Indian journal of veterinary science and animal husbandry - Volumes 18-21, 1948-1951
Year: 1948
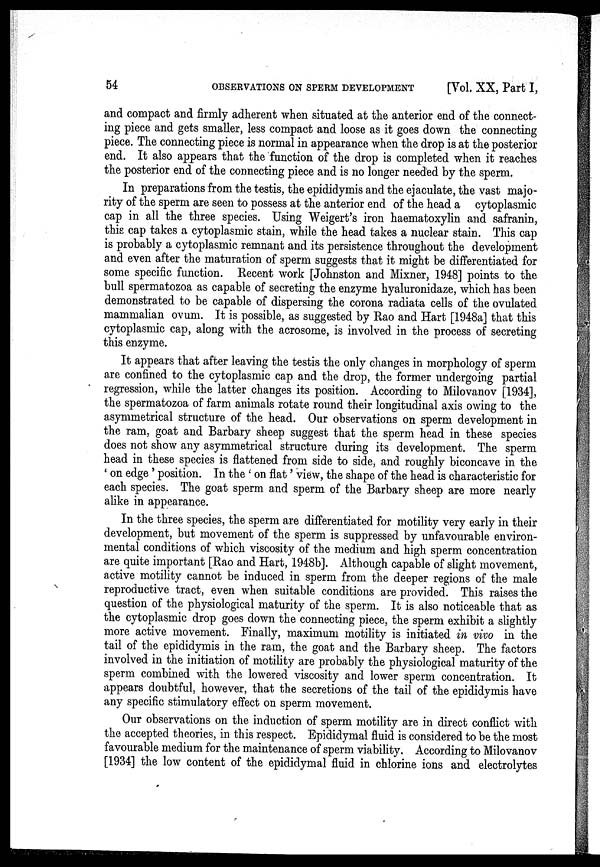
54
OBSERVATIONS ON SPERM DEVELOPMENT
[Vol. XX, Part I,
and compact and firmly adherent when situated at the anterior end of the connect-
ing piece and gets smaller, less compact and loose as it goes down the connecting
piece. The connecting piece is normal in appearance when the drop is at the posterior
end. It also appears that the function of the drop is completed when it reaches
the posterior end of the connecting piece and is no longer needed by the sperm.
In preparations from the testis, the epididymis and the ejaculate, the vast majo-
rity of the sperm are seen to possess at the anterior end of the head a cytoplasmic
cap in all the three species. Using Weigert's iron haematoxylin and safranin,
this cap takes a cytoplasmic stain, while the head takes a nuclear stain. This cap
is probably a cytoplasmic remnant and its persistence throughout the development
and even after the maturation of sperm suggests that it might be differentiated for
some specific function. Recent work [Johnston and Mixner, 1948] points to the
bull spermatozoa as capable of secreting the enzyme hyaluronidaze, which has been
demonstrated to be capable of dispersing the corona radiata cells of the ovulated
mammalian ovum. It is possible, as suggested by Rao and Hart [1948a] that this
cytoplasmic cap, along with the acrosome, is involved in the process of secreting
this enzyme.
It appears that after leaving the testis the only changes in morphology of sperm
are confined to the cytoplasmic cap and the drop, the former undergoing partial
regression, while the latter changes its position. According to Milovanov [1934],
the spermatozoa of farm animals rotate round their longitudinal axis owing to the
asymmetrical structure of the head. Our observations on sperm development in
the ram, goat and Barbary sheep suggest that the sperm head in these species
does not show any asymmetrical structure during its development. The sperm
head in these species is flattened from side to side, and roughly biconcave in the
'on edge ' position. In the ' on flat ' view, the shape of the head is characteristic for
each species. The goat sperm and sperm of the Barbary sheep are more nearly
alike in appearance.
In the three species, the sperm are differentiated for motility very early in their
development, but movement of the sperm is suppressed by unfavourable environ-
mental conditions of which viscosity of the medium and high sperm concentration
are quite important [Rao and Hart, 1948b]. Although capable of slight movement,
active motility cannot be induced in sperm from the deeper regions of the male
reproductive tract, even when suitable conditions are provided. This raises the
question of the physiological maturity of the sperm. It is also noticeable that as
the cytoplasmic drop goes down the connecting piece, the sperm exhibit a slightly
more active movement. Finally, maximum motility is initiated in vivo in the
tail of the epididymis in the ram, the goat and the Barbary sheep. The factors
involved in the initiation of motility are probably the physiological maturity of the
sperm combined with the lowered viscosity and lower sperm concentration. It
appears doubtful, however, that the secretions of the tail of the epididymis have
any specific stimulatory effect on sperm movement.
Our observations on the induction of sperm motility are in direct conflict with
the accepted theories, in this respect. Epididymal fluid is considered to be the most
favourable medium for the maintenance of sperm viability. According to Milovanov
[1934] the low content of the epididymal fluid in chlorine ions and electrolytes